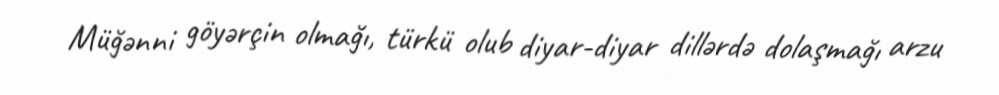
Müğənni göyərçin olmağı, türkü olub diyar-diyar dillərdə dolaşmağı arzu